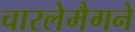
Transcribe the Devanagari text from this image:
चारलेमैगने